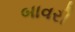
બાવરી